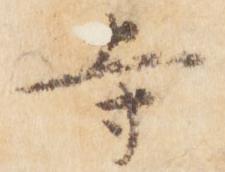
寺